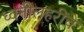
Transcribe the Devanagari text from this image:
ध्वनीलहरींचे